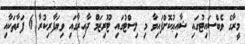
މީރާގެ ވެބްސައިޓުގައި ޝާއިޢުކޮށްފައިވާ މި ލިސްޓުގައި ޓޫރިޒަމް ދާއިރާގައި ވިޔަފާރިކުރާ 6 ފަރާތަކާއި